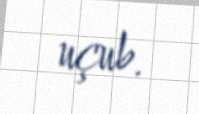
uçub.